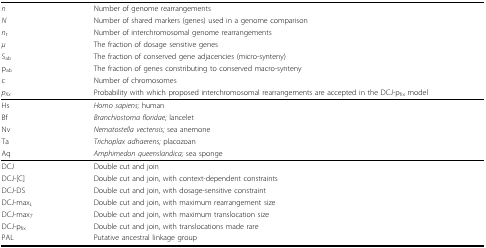
<table><thead><tr><td><b><i>n</i></b></td><td><b>Number of genome rearrangements</b></td></tr><tr><td><b><i>N</i></b></td><td><b>Number of shared markers (genes) used in a genome comparison</b></td></tr><tr><td><b><i>n<sub>t</sub></i></b></td><td><b>Number of interchromosomal genome rearrangements</b></td></tr><tr><td><b><i>μ</i></b></td><td><b>The fraction of dosage sensitive genes</b></td></tr><tr><td><b>S<sub>ab</sub></b></td><td><b>The fraction of conserved gene adjacencies (micro-synteny)</b></td></tr><tr><td><b>p<sub>ab</sub></b></td><td><b>The fraction of genes constributing to conserved macro-synteny</b></td></tr><tr><td><b>c</b></td><td><b>Number of chromosomes</b></td></tr><tr><td><b><i>p<sub>fix</sub></i></b></td><td><b>Probability with which proposed interchromosomal rearrangements are accepted in the DCJ-p<sub>fix</sub> model</b></td></tr></thead><tbody><tr><td>Hs</td><td><i>Homo sapiens;</i> human</td></tr><tr><td>Bf</td><td><i>Branchiostoma floridae;</i> lancelet</td></tr><tr><td>Nv</td><td><i>Nematostella vectensis;</i> sea anemone</td></tr><tr><td>Ta</td><td><i>Trichoplax adhaerens;</i> placozoan</td></tr><tr><td>Aq</td><td><i>Amphimedon queenslandica;</i> sea sponge</td></tr><tr><td>DCJ</td><td>Double cut and join</td></tr><tr><td>DCJ-[C]</td><td>Double cut and join, with context-dependent constraints</td></tr><tr><td>DCJ-DS</td><td>Double cut and join, with dosage-sensitive constraint</td></tr><tr><td>DCJ-max<i><sub>L</sub></i></td><td>Double cut and join, with maximum rearrangement size</td></tr><tr><td>DCJ-max<i><sub>T</sub></i></td><td>Double cut and join, with maximum translocation size</td></tr><tr><td>DCJ-p<sub>fix</sub></td><td>Double cut and join, with translocations made rare</td></tr><tr><td>PAL</td><td>Putative ancestral linkage group</td></tr></tbody></table>